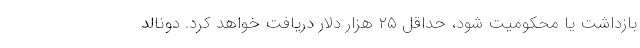
بازداشت یا محکومیت شود، حداقل ۲۵ هزار دلار دریافت خواهد کرد. دونالد